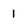
Character: 1